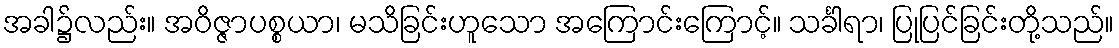
အခါ၌လည်း။ အဝိဇ္ဇာပစ္စယာ၊ မသိခြင်းဟူသော အကြောင်းကြောင့်။ သင်္ခါရာ၊ ပြုပြင်ခြင်းတို့သည်။